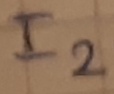
Text: I2